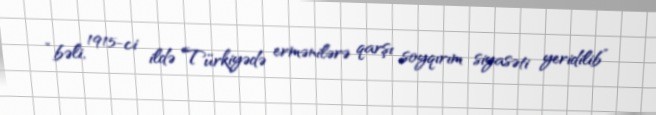
“bəli, 1915-ci ildə Türkiyədə ermənilərə qarşı soyqırım siyasəti yeridilib”